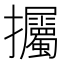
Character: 𢺡